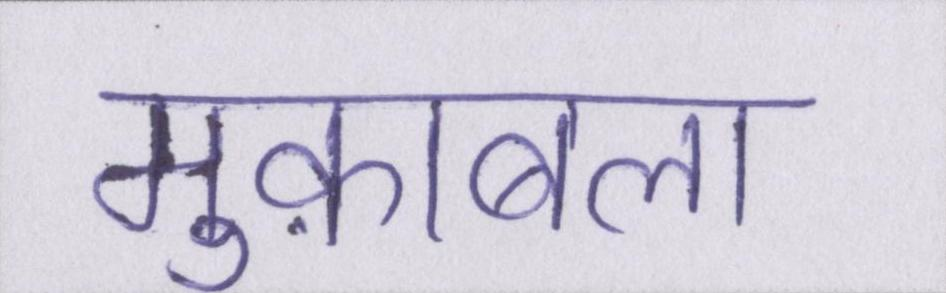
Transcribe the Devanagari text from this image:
मुक़ाबला